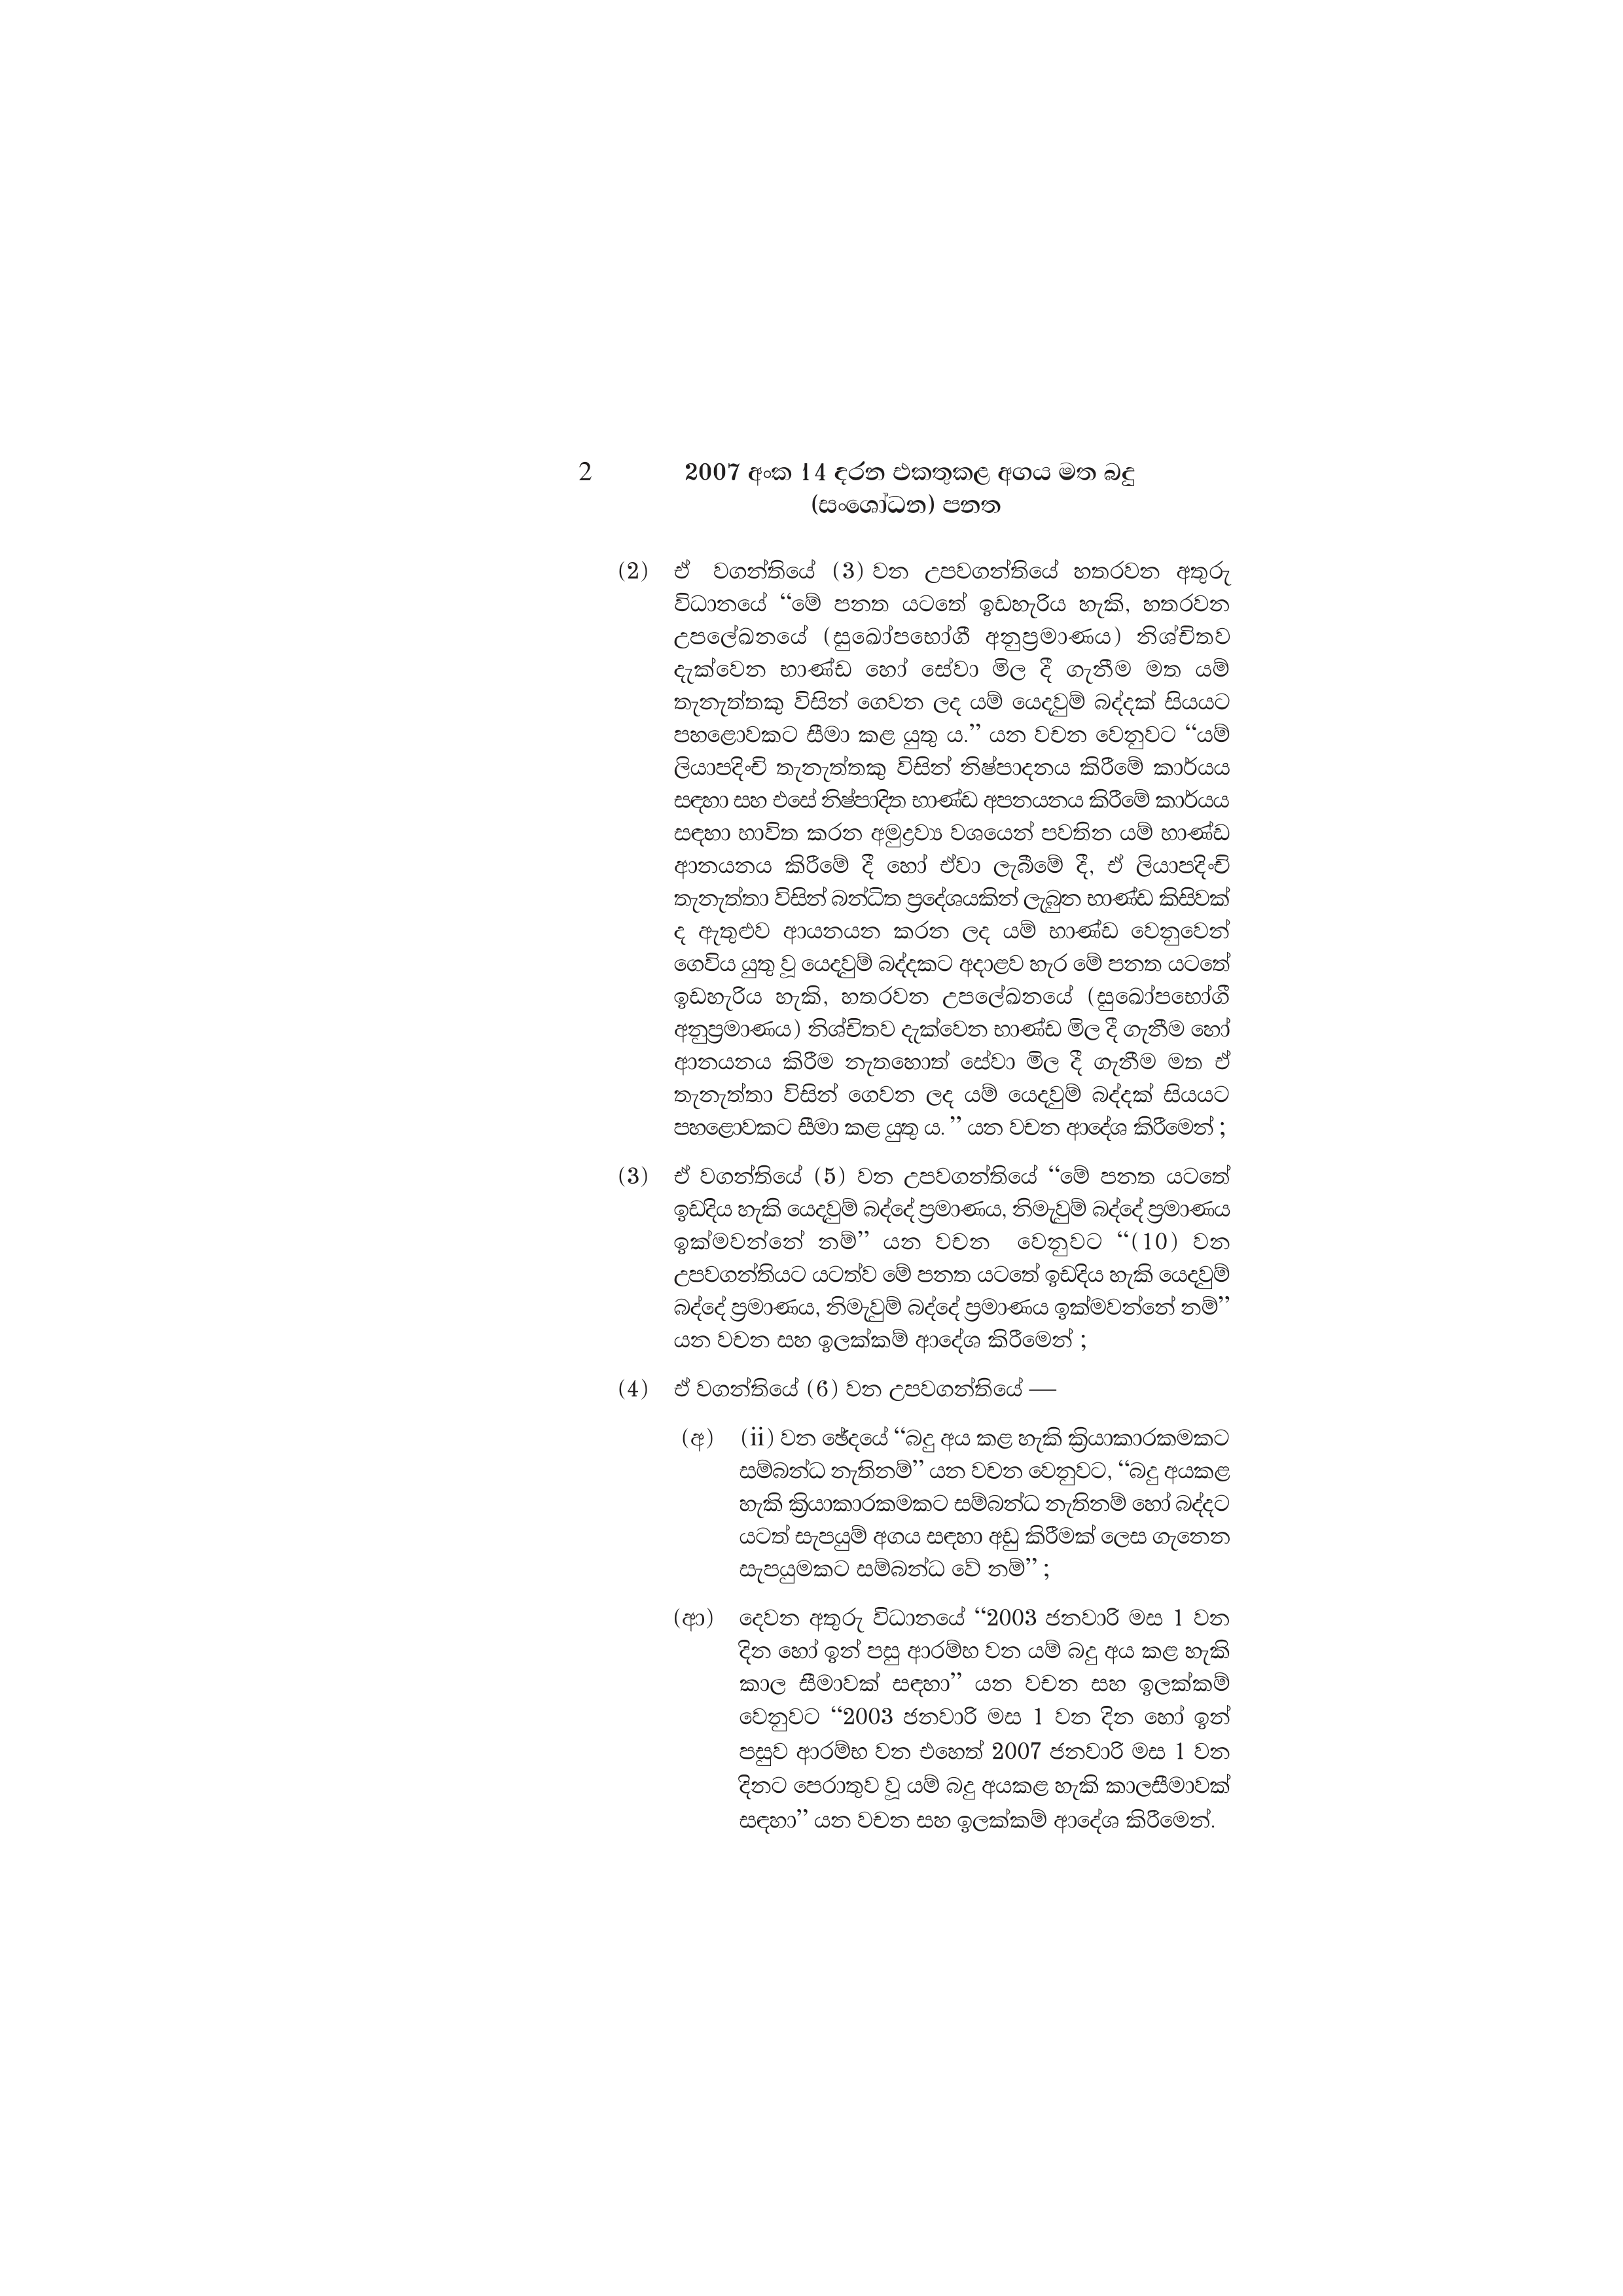
2 2007 අංක 14 දරන එකතුකළ අගය මත බදු
(සංශෝධන) පනත

(2) ඒ වගන්තියේ (3) වන උපවගන්තියේ හතරවන අතුරු
විධානයේ “මේ පනත යටතේ ඉඩහැරිය හැකි, හතරවන
උපලේඛනයේ (සුඛෝපභෝගී අනුප්‍රමාණය) නිශ්චිතව
දැක්වෙන භාණ්ඩ හෝ සේවා මිල දී ගැනීම මත යම්
තැනැත්තකු විසින් ගෙවන ලද යම් යෙදවුම් බද්දක් සියයට
පහළොවකට සීමා කළ යුතු ය.” යන වචන වෙනුවට “යම්
ලියාපදිංචි තැනැත්තකු විසින් නිෂ්පාදනය කිරීමේ කාර්යය
සඳහා සහ එසේ නිෂ්පාදිත භාණ්ඩ අපනයනය කිරීමේ කාර්යය
සඳහා භාවිත කරන අමුද්‍රව්‍ය වශයෙන් පවතින යම් භාණ්ඩ
ආනයනය කිරීමේ දී හෝ ඒවා ලැබීමේ දී, ඒ ලියාපදිංචි
තැනැත්තා විසින් බන්ධිත ප්‍රදේශයකින් ලැබුන භාණ්ඩ කිසිවක්
ද ඇතුළුව ආයනයන කරන ලද යම් භාණ්ඩ වෙනුවෙන්
ගෙවිය යුතු වූ යෙදවුම් බද්දකට අදාළව හැර මේ පනත යටතේ
ඉඩහැරිය හැකි, හතරවන උපලේඛනයේ (සුඛෝපභෝගී
අනුප්‍රමාණය) නිශ්චිතව දැක්වෙන භාණ්ඩ මිල දී ගැනීම හෝ
ආනයනය කිරීම නැතහොත් සේවා මිල දී ගැනීම මත ඒ
තැනැත්තා විසින් ගෙවන ලද යම් යෙදවුම් බද්දක් සියයට
පහළොවකට සීමා කළ යුතු ය. යන වචන ආදේශ කිරීමෙන්;

(3) ඒ වගන්තියේ (5) වන උපවගන්තියේ “මේ පනත යටතේ
ඉඩදිය හැකි යෙදවුම් බද්දේ ප්‍රමාණය, නිමැවුම් බද්දේ ප්‍රමාණය
ඉක්මවන්නේ නම්” යන වචන වෙනුවට “(10) වන
උපවගන්තියට යටත්ව මේ පනත යටතේ ඉඩදිය හැකි යෙදවුම්
බද්දේ ප්‍රමාණය, නිමැවුම් බද්දේ ප්‍රමාණය ඉක්මවන්නේ නම්”
යන වචන සහ ඉලක්කම් ආදේශ කිරීමෙන් ;

(4) ඒ වගන්තියේ (6) වන උපවගන්තියේ —

(අ) (ii) වන ඡේදයේ “බදු අය කළ හැකි ක්‍රියාකාරකමකට
සම්බන්ධ නැතිනම්” යන වචන වෙනුවට, “බදු අයකළ
හැකි ක්‍රියාකාරකමකට සම්බන්ධ නැතිනම් හෝ බද්දට
යටත් සැපයුම් අගය සඳහා අඩු කිරීමක් ලෙස ගැනෙන
සැපයුමකට සම්බන්ධ වේ නම්” ;

(ආ) දෙවන අතුරු විධානයේ “2003 ජනවාරි මස 1 වන
දින හෝ ඉන් පසු ආරම්භ වන යම් බදු අය කළ හැකි
කාල සීමාවක් සඳහා” යන වචන සහ ඉලක්කම්
වෙනුවට “2003 ජනවාරි මස 1 වන දින හෝ ඉන්
පසුව ආරම්භ වන එහෙත් 2007 ජනවාරි මස 1 වන
දිනට පෙරාතුව වූ යම් බදු අයකළ හැකි කාලසීමාවක්
සඳහා” යන වචන සහ ඉලක්කම් ආදේශ කිරීමෙන්.